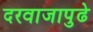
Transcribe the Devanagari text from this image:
दरवाजापुढे